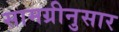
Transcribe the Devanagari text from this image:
सामग्रीनुसार